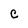
Character: C